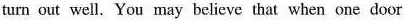
turn cut well.You may believe that when ouc door